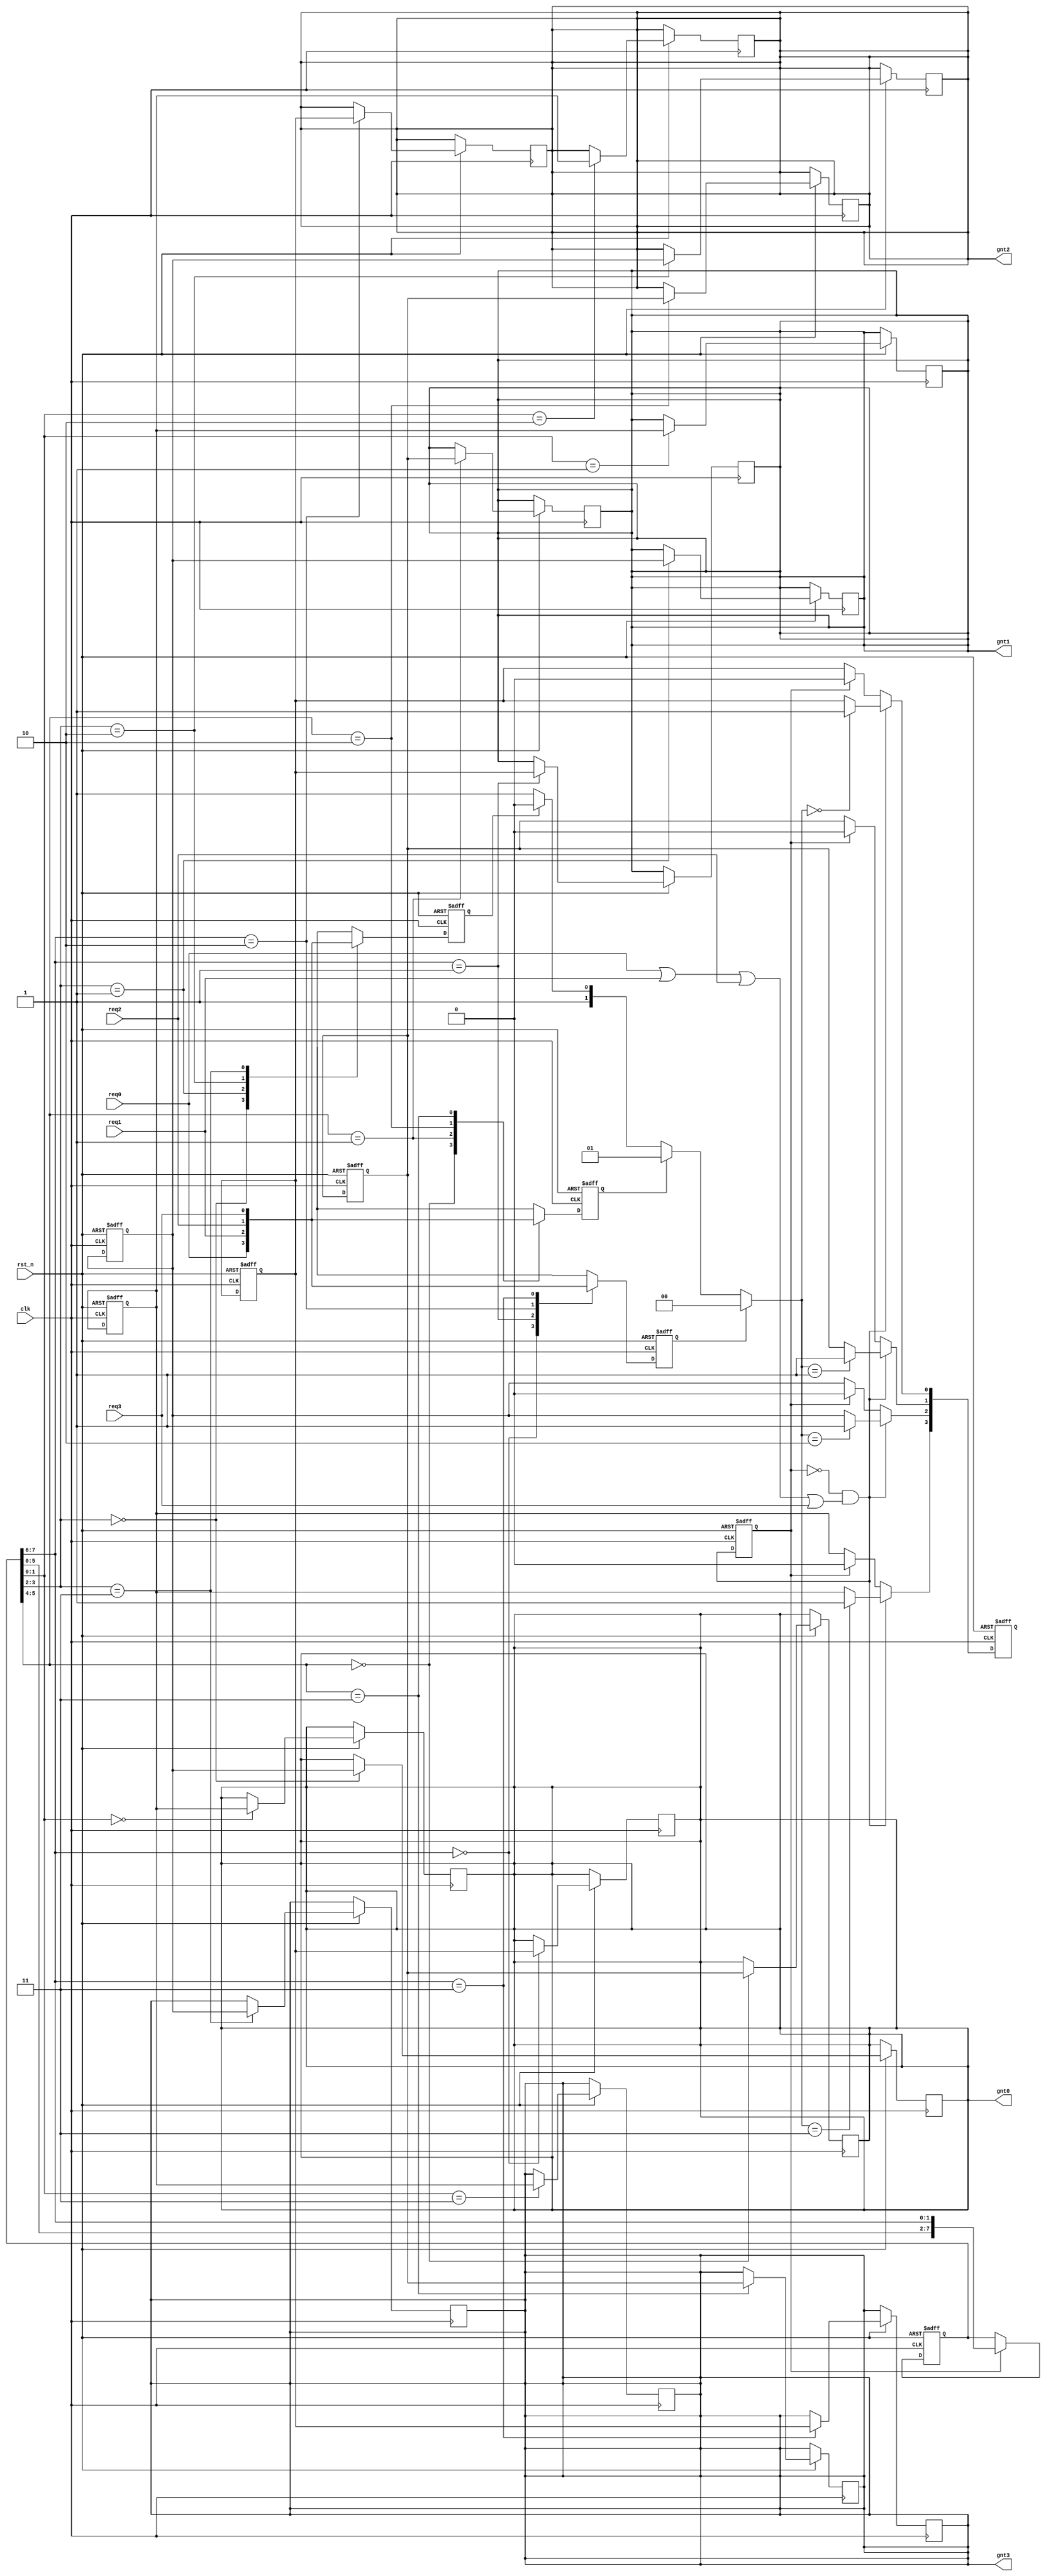
module round_arbt(clk,rst_n,req0,req1,req2,req3,gnt0,gnt1,gnt2,gnt3);
input clk;
input rst_n;
input req0;
input req1;
input req2;
input req3;
output reg gnt0;//寄存器型输出；
output reg gnt1;
output reg gnt2;
output reg gnt3;

wire arbt_time;
reg arbt_time_d;
always @(posedge clk or negedge rst_n) begin
    if (!rst_n) begin
        arbt_time_d <= 1'b0;
    end
    else begin
        arbt_time_d <= arbt_time;
    end
end
assign arbt_time = (!arbt_time_d)&&(req0|req1|req2|req3);

reg [7:0] cur_pri;
always @(posedge clk or negedge rst_n) begin
    if (!rst_n) begin
        cur_pri <= 8'b00_01_10_11;
    end
    else if (arbt_time_d) begin
        cur_pri[7:0] <= {cur_pri[5:0],cur_pri[7:6]};
    end     
end

reg [3:0] req_t;
generate
    genvar i;
    for(i=0;i<=3;i=i+1) begin : req2req_t
        always @(posedge clk or negedge rst_n) begin
            if (!rst_n) begin
                req_t[i] <= 1'b0;
            end
            else begin
                case(cur_pri[(7-2*i)-:2])
                    2'b00: req_t[i] <= req0;
                    2'b01: req_t[i] <= req1;
                    2'b10: req_t[i] <= req2;
                    2'b11: req_t[i] <= req3;
                endcase
            end
        end
    end
endgenerate

reg [1:0] gnt_id_w;
always @(*) begin
    if (req_t[0]) begin
        gnt_id_w = 2'b00;
    end
    else if (req_t[1]) begin
        gnt_id_w = 2'b01;
    end
    else if (req_t[2]) begin
        gnt_id_w = 2'b10;
    end
    else begin
        gnt_id_w = 2'b11;
    end
end

reg [3:0] gnt_t;
always @(posedge clk or negedge rst_n) begin
    if (!rst_n) begin
        gnt_t <= 4'b0;
    end
    else if (arbt_time) begin
        case (gnt_id_w)
            2'b00: gnt_t[0] <= 1'b1;
            2'b01: gnt_t[1] <= 1'b1;
            2'b10: gnt_t[2] <= 1'b1;
            2'b11: gnt_t[3] <= 1'b1;
        endcase
    end
    else if (arbt_time_d) begin
        gnt_t <= 4'b0;
    end
end

generate
    genvar i;
    for(i=0;i<=3;i=i+1) begin : gnt_t2gnt
        always @(posedge clk or negedge rst_n) begin
            if (!rst_n) begin
                gnt_t[i] <= 1'b0;
            end
            else begin
                case(cur_pri[(7-2*i)-:2])
                    2'b00: gnt0 <= gnt_t[i];
                    2'b01: gnt1 <= gnt_t[i];
                    2'b10: gnt2 <= gnt_t[i];
                    2'b11: gnt3 <= gnt_t[i];
                endcase
            end
        end
    end
endgenerate

endmodule